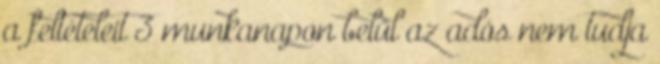
a feltételeit 3 munkanapon belül az adós nem tudja